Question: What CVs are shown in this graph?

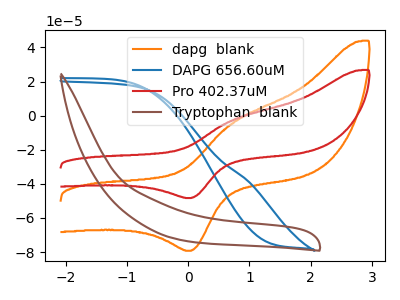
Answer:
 <answer>The orange curve is labeled "dapg  blank". The blue curve is labeled "DAPG 656.60uM". The red curve is labeled "Pro 402.37uM". The brown curve is labeled "Tryptophan  blank".</answer>
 <eval></eval>